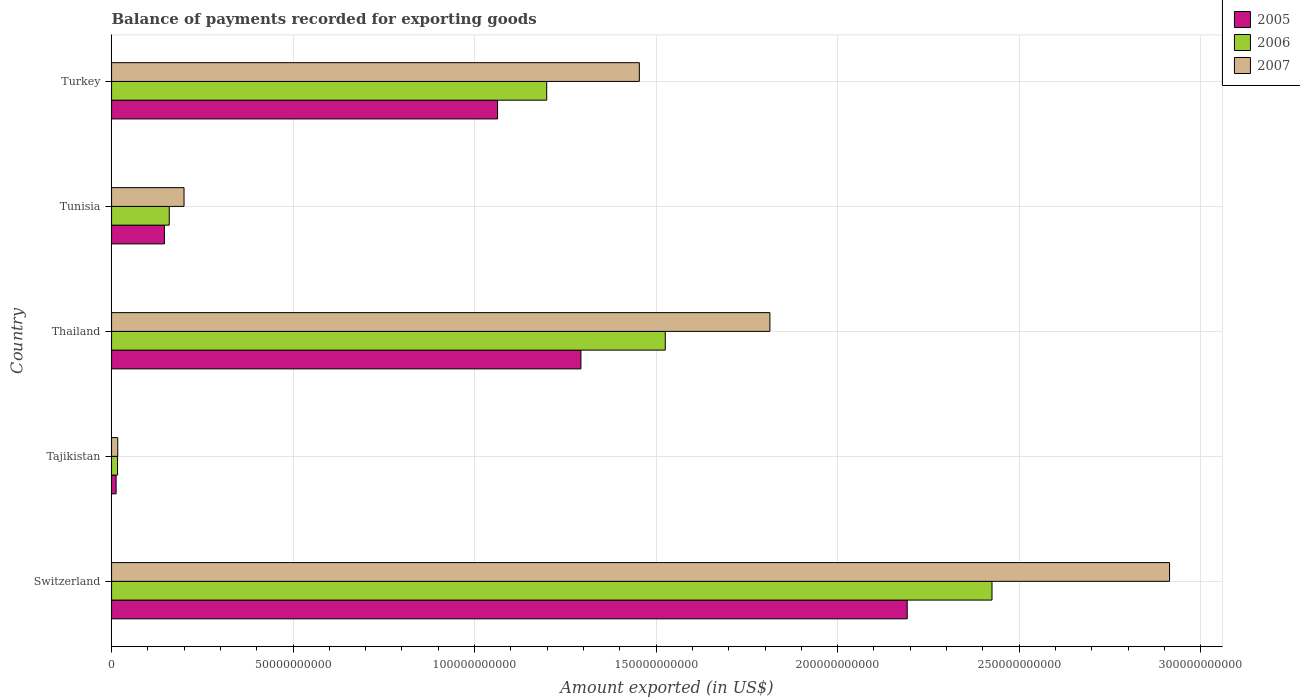
| Country | 2005 | 2006 | 2007 |
 | --- | --- | --- | --- |
 | Switzerland | 2.19e+11 | 2.43e+11 | 2.91e+11 |
 | Tajikistan | 1.25e+09 | 1.65e+09 | 1.71e+09 |
 | Thailand | 1.29e+11 | 1.53e+11 | 1.81e+11 |
 | Tunisia | 1.46e+10 | 1.59e+10 | 2e+10 |
 | Turkey | 1.06e+11 | 1.2e+11 | 1.45e+11 |